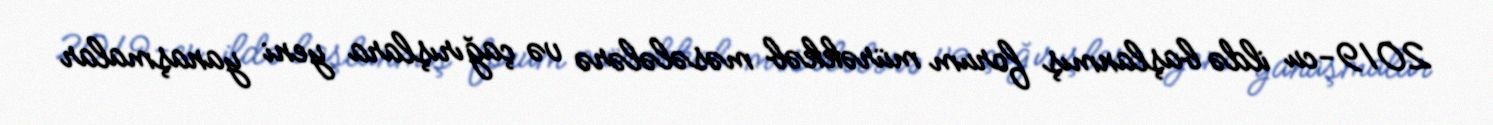
2019-cu ildə başlanmış forum mürəkkəb məsələlərə və çağırışlara yeni yanaşmalar